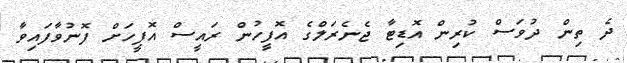
ދެ ތިން ދުވަސް ކުރިން އޮޑިޓާ ޖެނެރަލްގެ އޮފީހުން ރައީސް އޮފީހަށް ފޮނުވާފައިވާ